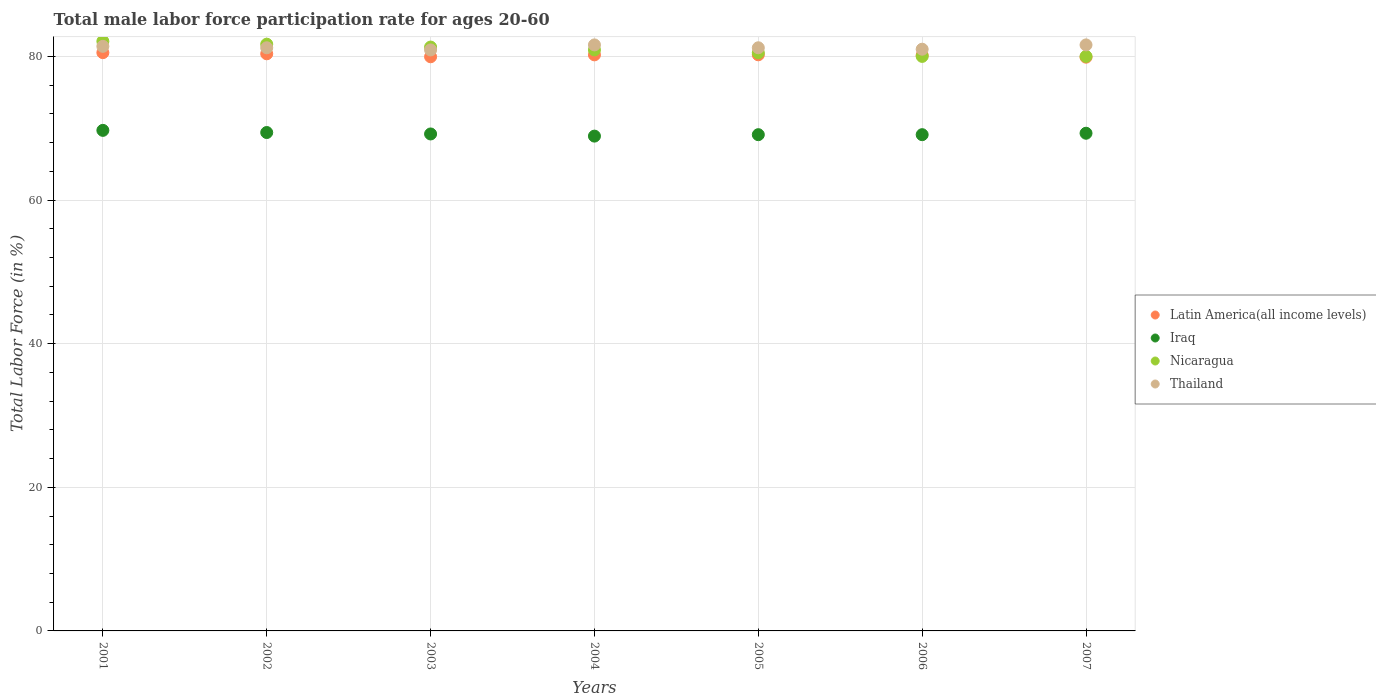
| Years | Latin America(all income levels) | Iraq | Nicaragua | Thailand |
 | --- | --- | --- | --- | --- |
 | 2001 | 80.5 | 69.7 | 82.1 | 81.4 |
 | 2002 | 80.4 | 69.4 | 81.7 | 81.2 |
 | 2003 | 79.9 | 69.2 | 81.3 | 80.9 |
 | 2004 | 80.2 | 68.9 | 80.9 | 81.6 |
 | 2005 | 80.2 | 69.1 | 80.5 | 81.2 |
 | 2006 | 80.2 | 69.1 | 80 | 81 |
 | 2007 | 79.9 | 69.3 | 80 | 81.6 |